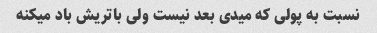
نسبت به پولی که میدی بعد نیست ولی باتریش باد میکنه